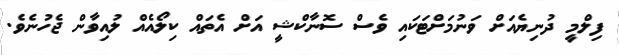
ފިލްމީ ދުނިޔެއަށް ވަނުމަށްޓަކައި ވެސް ސޮނާކްޝީ އަށް އެތައް ކިލޯއެއް ލުއިވާން ޖެހުނެވެ.